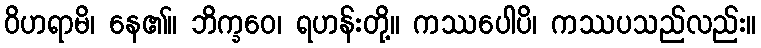
ဝိဟရာမိ၊ နေ၏။ ဘိက္ခဝေ၊ ရဟန်းတို့။ ကဿပေါပိ၊ ကဿပသည်လည်း။